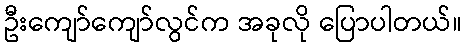
ဦးကျော်ကျော်လွင်က အခုလို ပြောပါတယ်။